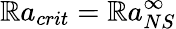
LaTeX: \mathbb{R}a_{crit}=\mathbb{R}a_{NS}^{\infty}